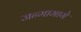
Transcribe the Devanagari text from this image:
जन्मामागे